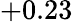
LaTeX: +0.23